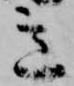
意